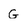
Character: G